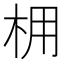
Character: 𪱽